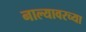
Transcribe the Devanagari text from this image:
नाल्यावरच्या